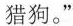
猎狗。”